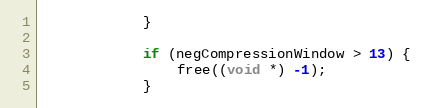
Language: C++
            }

            if (negCompressionWindow > 13) {
                free((void *) -1);
            }